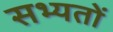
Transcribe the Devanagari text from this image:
सभ्यतों